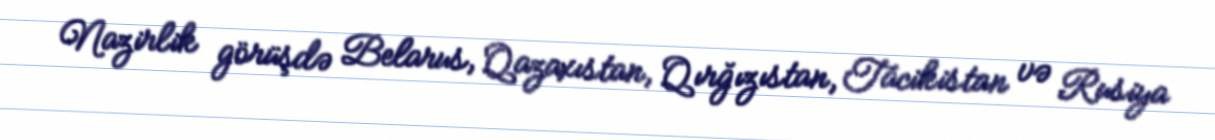
Nazirlik görüşdə Belarus, Qazaxıstan, Qırğızıstan, Tacikistan və Rusiya